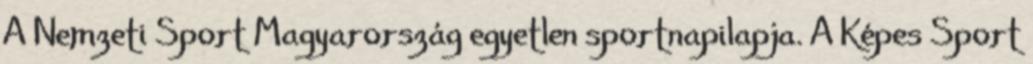
A Nemzeti Sport Magyarország egyetlen sportnapilapja. A Képes Sport